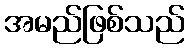
အမည်ဖြစ်သည်